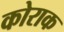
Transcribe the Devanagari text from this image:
कोराक